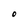
Character: O